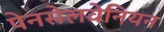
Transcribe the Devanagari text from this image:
पेनसेलवेनियन